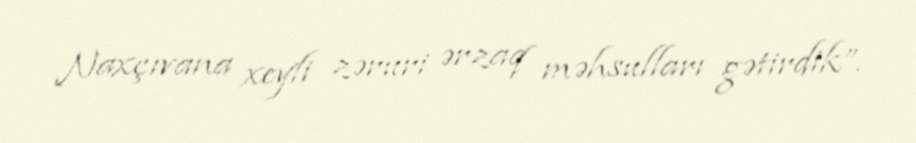
Naxçıvana xeyli zəruri ərzaq məhsulları gətirdik”.